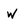
Character: w